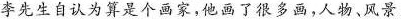
李先生自认为算是个画家，他画了很多画，人物，风景，